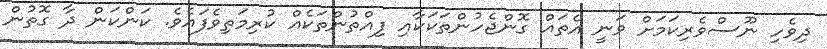
ދިވެހި ނޫސްވެރިކަމަށް ވަނީ އެތައް ގޮންޖެހުންތަކަކާއި ފިއްތުންތަކެއް ކުރިމަތިވެފައެވެ. ކަންކަން ދާ ގޮތުން